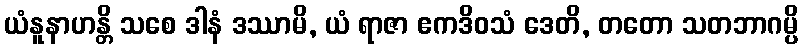
ယံနူနာဟန္တိ သစေ ဒါနံ ဒဿာမိ, ယံ ရာဇာ ဧကဒိဝသံ ဒေတိ, တတော သတဘာဂမ္ပိ